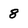
Character: 8